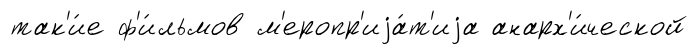
так'и́е ф'и́льмов м'еропр'иjа́т'иjа анарх'и́ческой